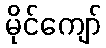
မိုင်ကျော်